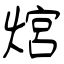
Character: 熍